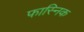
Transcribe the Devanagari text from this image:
फास्निक